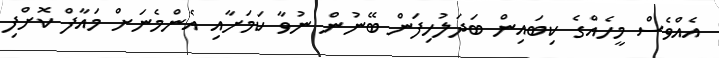
އެއްވެސް މީހެއްގެ ކިބައިން ބަދަލުހިފަން ބޭނުން ނުވާ ކަމަށާއި އެންމެނަށް މައާފް ކޮށްފި